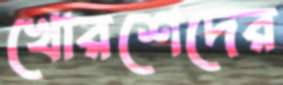
খোরশেদের